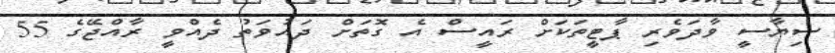
ސިޔާސީ ވާދަވެރި ޕާޓީތަކަށް ރައީސް އެ ގޮތަށް ދައުވަތު ދެއްވީ ރާއްޖޭގެ 55